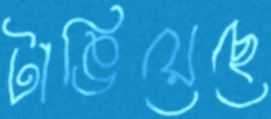
টাঙিয়েছে